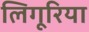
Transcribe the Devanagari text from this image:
लिगूरिया